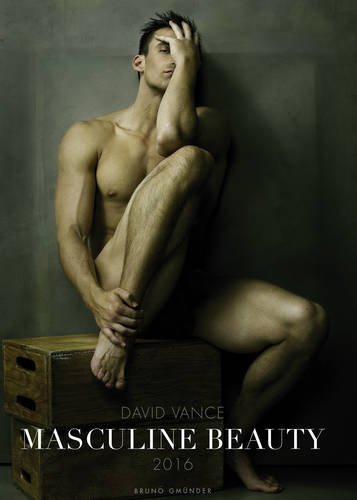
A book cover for Masculine Beauty Calendar; Arts & Photography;